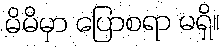
မိမိမှာ ပြောစရာ မရှိ။